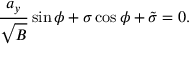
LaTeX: \frac { a _ { y } } { \sqrt B } \sin \phi + \sigma \cos \phi + \tilde { \sigma } = 0 .